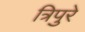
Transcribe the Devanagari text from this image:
त्रिपुरे